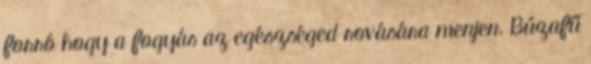
forró hogy a fogyás az egészséged rovására menjen. Búzafű